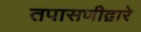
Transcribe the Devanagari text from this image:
तपासणीद्वारे